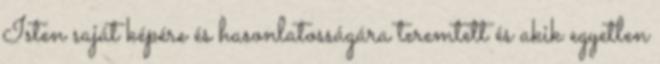
Isten saját képére és hasonlatosságára teremtett és akik egyetlen